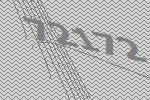
72172